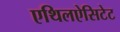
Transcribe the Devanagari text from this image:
एथिलऐसिटेट